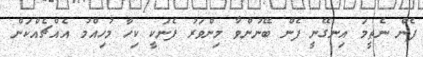
ފެން ނެތީމަ އިނގޭނީ ފެން ބޭނުންވާ މިންވަރު ފެނަކީ ކިހާ މުހިއްމު އެއްޗެއްކަން